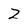
Character: 2